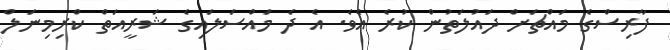
ފާރިސްގެ މައްޗަށް ދައުލަތުން ކުރެ އެވެ. އެ ދެ މައްސަލައިގެ ޝަރީއަތް ކްރިމިނަލް